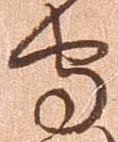
守